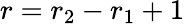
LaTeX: r=r_{2}-r_{1}+1